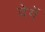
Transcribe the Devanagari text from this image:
देगेें